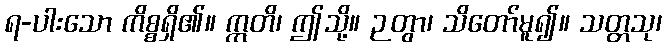
ရ-ပါးသော ကိစ္စရှိ၏။ ဣတိ၊ ဤသို့။ ဉတွာ၊ သိတော်မူ၍။ သတ္တသု၊